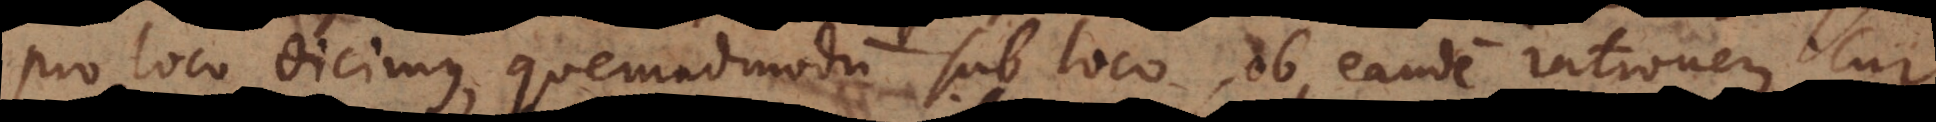
pro loco dicimus, quemadmodum sub loco, ob eandem rationem. Cur